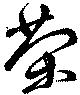
榮